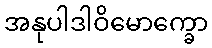
အနုပါဒါဝိမောက္ခော